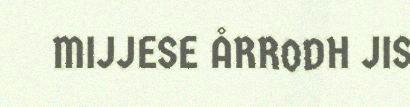
MIJJESE ÅRRODH JIS